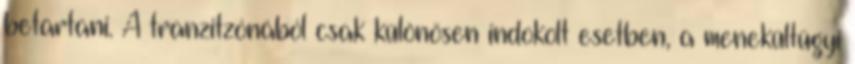
betartani. A tranzitzónából csak különösen indokolt esetben, a menekültügyi